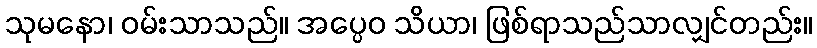
သုမနော၊ ဝမ်းသာသည်။ အပ္ပေဝ သိယာ၊ ဖြစ်ရာသည်သာလျှင်တည်း။